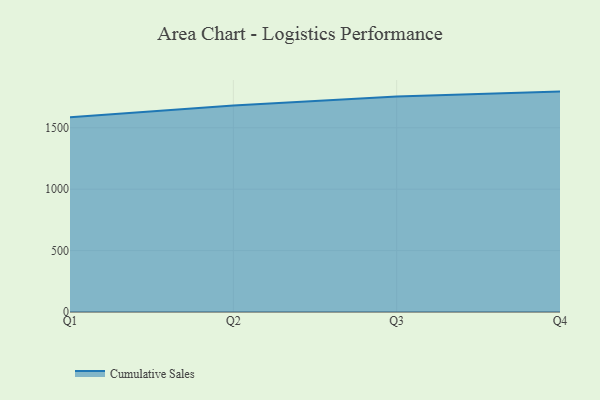
{"axis": {"x": "Quarter", "y": "Inventory Turnover"}, "legend": ["Cumulative Sales"], "data": [{"x": "Q1", "y": 1586.1, "type": "Cumulative Sales"}, {"x": "Q2", "y": 1681.6, "type": "Cumulative Sales"}, {"x": "Q3", "y": 1755.2, "type": "Cumulative Sales"}, {"x": "Q4", "y": 1794.6, "type": "Cumulative Sales"}]}